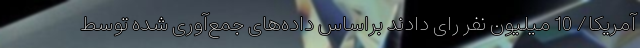
آمریکا/ 10 میلیون نفر رای دادند براساس داده‌های جمع‌آوری شده توسط